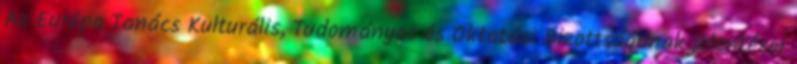
Az Európa Tanács Kulturális, Tudományos és Oktatási Bizottságának jelentései